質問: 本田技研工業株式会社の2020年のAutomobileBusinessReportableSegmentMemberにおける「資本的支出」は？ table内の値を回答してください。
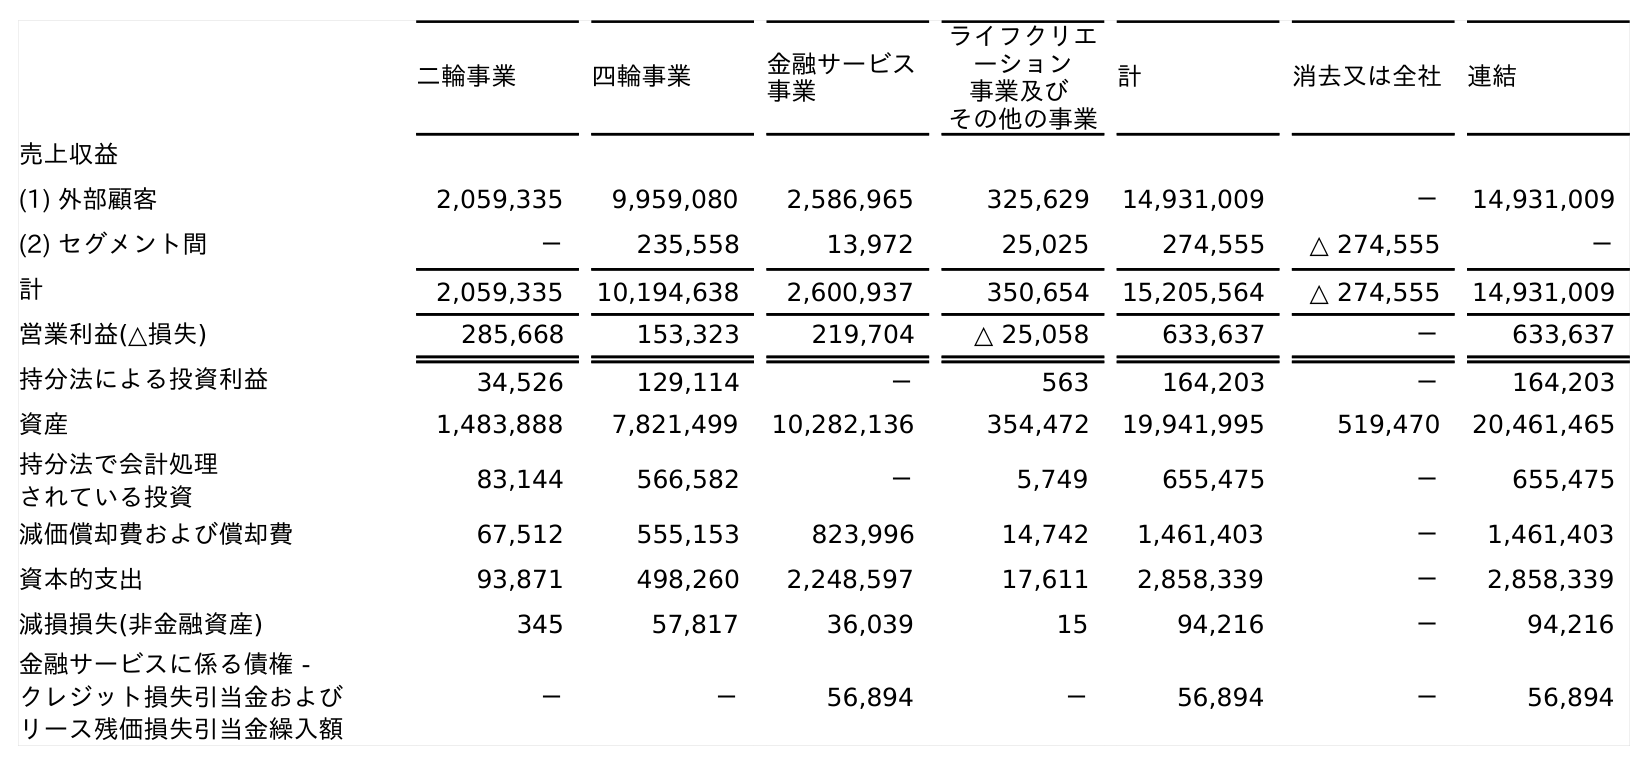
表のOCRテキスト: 二輪事業 四輪事業 金融サービス 事業 ライフクリエ ーション 事業及び その他の事業 計 消去又は全社 連結 売上収益 (1) 外部顧客 2,059,335 9,959,080 2,586,965 325,629 14,931,009 － 14,931,009 (2) セグメント間 － 235,558 13,972 25,025 274,555 △ 274,555 － 計 2,059,335 10,194,638 2,600,937 350,654 15,205,564 △ 274,555 14,931,009 営業利益(△損失) 285,668 153,323 219,704 △ 25,058 633,637 － 633,637 持分法による投資利益 34,526 129,114 － 563 164,203 － 164,203 資産 1,483,888 7,821,499 10,282,136 354,472 19,941,995 519,470 20,461,465 持分法で会計処理 されている投資 83,144 566,582 － 5,749 655,475 － 655,475 減価償却費および償却費 67,512 555,153 823,996 14,742 1,461,403 － 1,461,403 資本的支出 93,871 498,260 2,248,597 17,611 2,858,339 － 2,858,339 減損損失(非金融資産) 345 57,817 36,039 15 94,216 － 94,216 金融サービスに係る債権 - クレジット損失引当金および リース残価損失引当金繰入額 － － 56,894 － 56,894 － 56,894
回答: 498,260